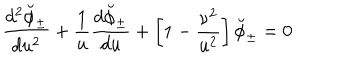
{ \frac { d ^ { 2 } \breve { \phi } _ { \pm } } { d u ^ { 2 } } } + { \frac { 1 } { u } } { \frac { d \breve { \phi } _ { \pm } } { d u } } + \left[ 1 - { \frac { \nu ^ { 2 } } { u ^ { 2 } } } \right] \breve { \phi } _ { \pm } = 0